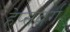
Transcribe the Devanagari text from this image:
हेप्सबर्ग